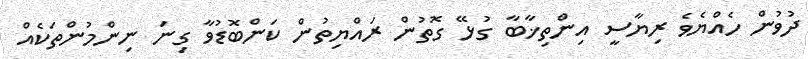
ދުވުން ހެއްޔެވެ ރިޔާސީ އިންތިޚާބާ ގުޅޭ ގޮތުން ރައްޔިތުން ކަންބޮޑުވާ ގިނަ ނިންމުންތަކެއް